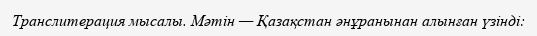
Транслитерация мысалы. Мәтін — Қазақстан әнұранынан алынған үзінді: